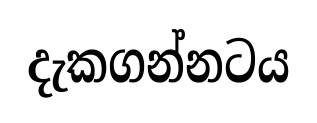
දැකගන්නටය